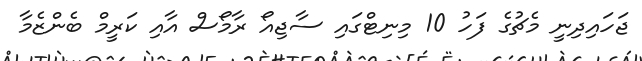
ޖަހައިދިނީ މެޗުގެ ފަހު 10 މިނިޓްގައި ސާޖިއޯ ރާމޯސް އާއި ކަރީމް ބެންޒެމާ